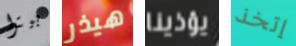
بيترا هيذر يؤذينا إتخذ